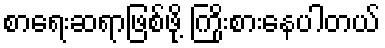
စာရေးဆရာဖြစ်ဖို့ ကြိုးစားနေပါတယ်